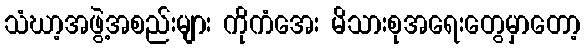
သံဃာ့အဖွဲ့အစည်းများ ကိုကံအေး မိသားစုအရေးတွေမှာတော့